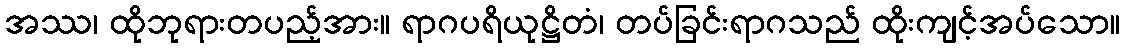
အဿ၊ ထိုဘုရားတပည့်အား။ ရာဂပရိယုဋ္ဌိတံ၊ တပ်ခြင်းရာဂသည် ထိုးကျင့်အပ်သော။